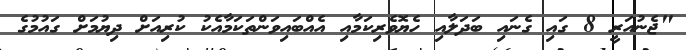
"ޖެނުއަރީ 8 ގައި ގެނައި ބަދަލާއި ހެޔޮވެރިކަމާއި އެއްބައިވަންތަކަމާއެކު ކުރިއަށް ދިޔުމަށް ގައުމުގެ